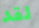
لقد